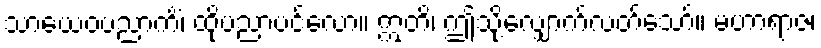
သာယေဝပညာကိံ၊ ထိုပညာပင်လော။ ဣတိ၊ ဤသို့လျှောက်လတ်သော်။ မဟာရာဇ၊